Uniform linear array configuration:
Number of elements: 12
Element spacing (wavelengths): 0.5
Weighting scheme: hamming
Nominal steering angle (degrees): -15
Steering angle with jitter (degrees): -15.559
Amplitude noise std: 0.05
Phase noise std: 0.05

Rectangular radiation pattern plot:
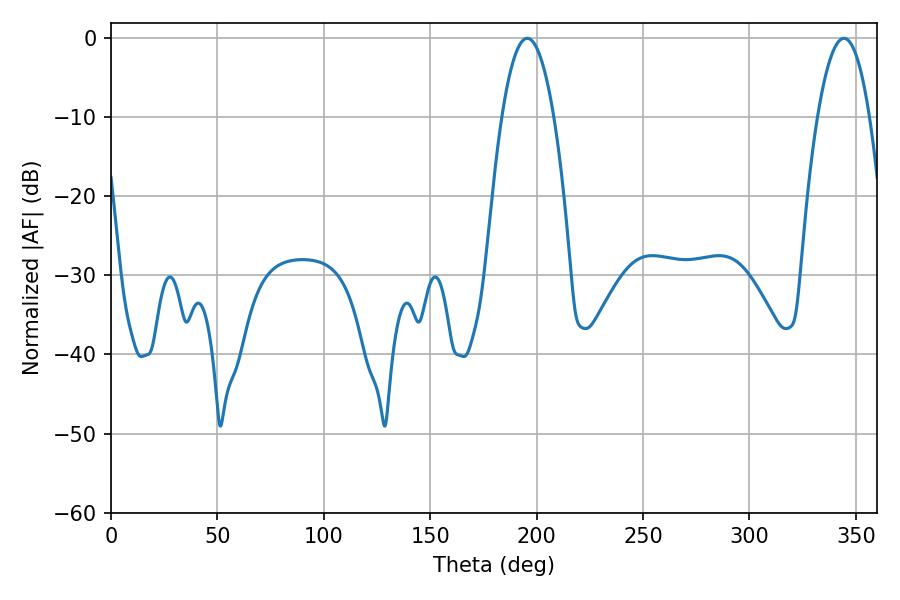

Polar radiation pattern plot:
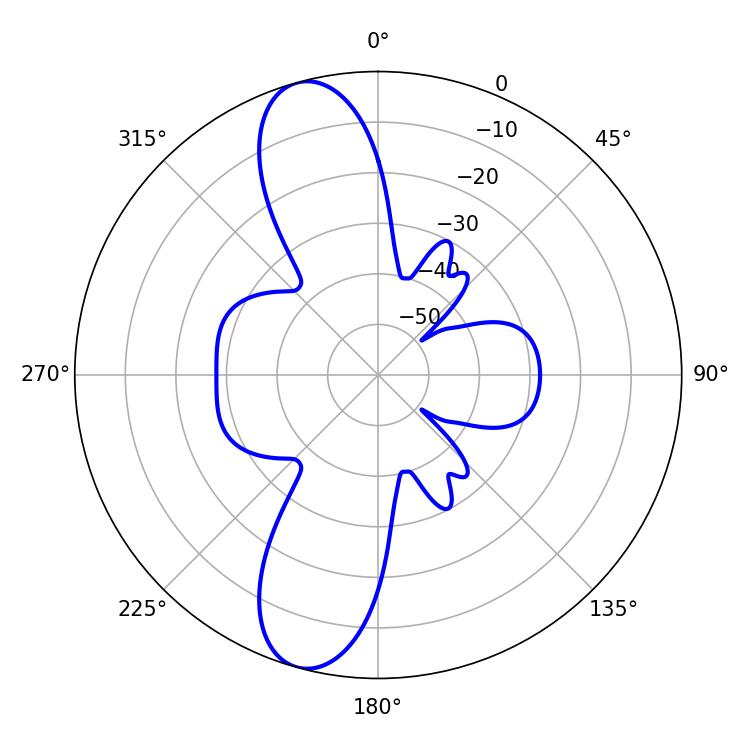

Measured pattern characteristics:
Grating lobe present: FALSE
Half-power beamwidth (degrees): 13.5
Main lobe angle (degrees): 195.66